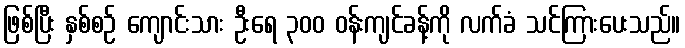
ဖြစ်ပြီး နှစ်စဉ် ကျောင်းသား ဦးရေ ၃၀၀ ဝန်းကျင်ခန့်ကို လက်ခံ သင်ကြားပေးသည်။